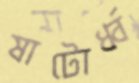
ষাটোর্ধ্ব